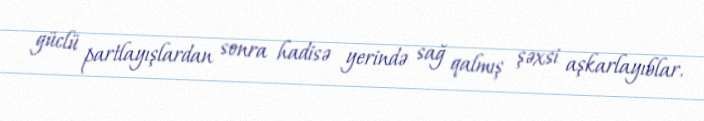
güclü partlayışlardan sonra hadisə yerində sağ qalmış şəxsi aşkarlayıblar.